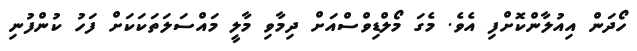
ހޯދަން އިއުލާންކޮށްފި އެވެ. މެގަ މޯލްޑިވްސްއަށް ދިމާވި މާލީ މައްސަލަތަކަކަށް ފަހު ކުންފުނި